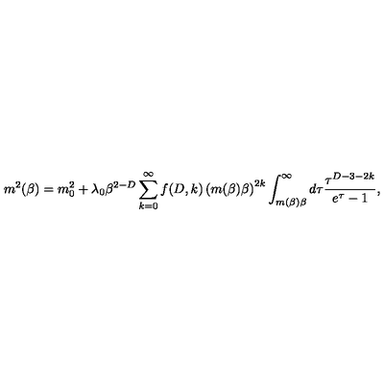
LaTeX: \ m ^ { 2 } ( \beta ) = m _ { 0 } ^ { 2 } + \lambda _ { 0 } \beta ^ { 2 - D } \sum _ { k = 0 } ^ { \infty } f ( D , k ) \left( m ( \beta ) \beta \right) ^ { 2 k } \int _ { m ( \beta ) \beta } ^ { \infty } d \tau \frac { \tau ^ { D - 3 - 2 k } } { e ^ { \tau } - 1 } ,